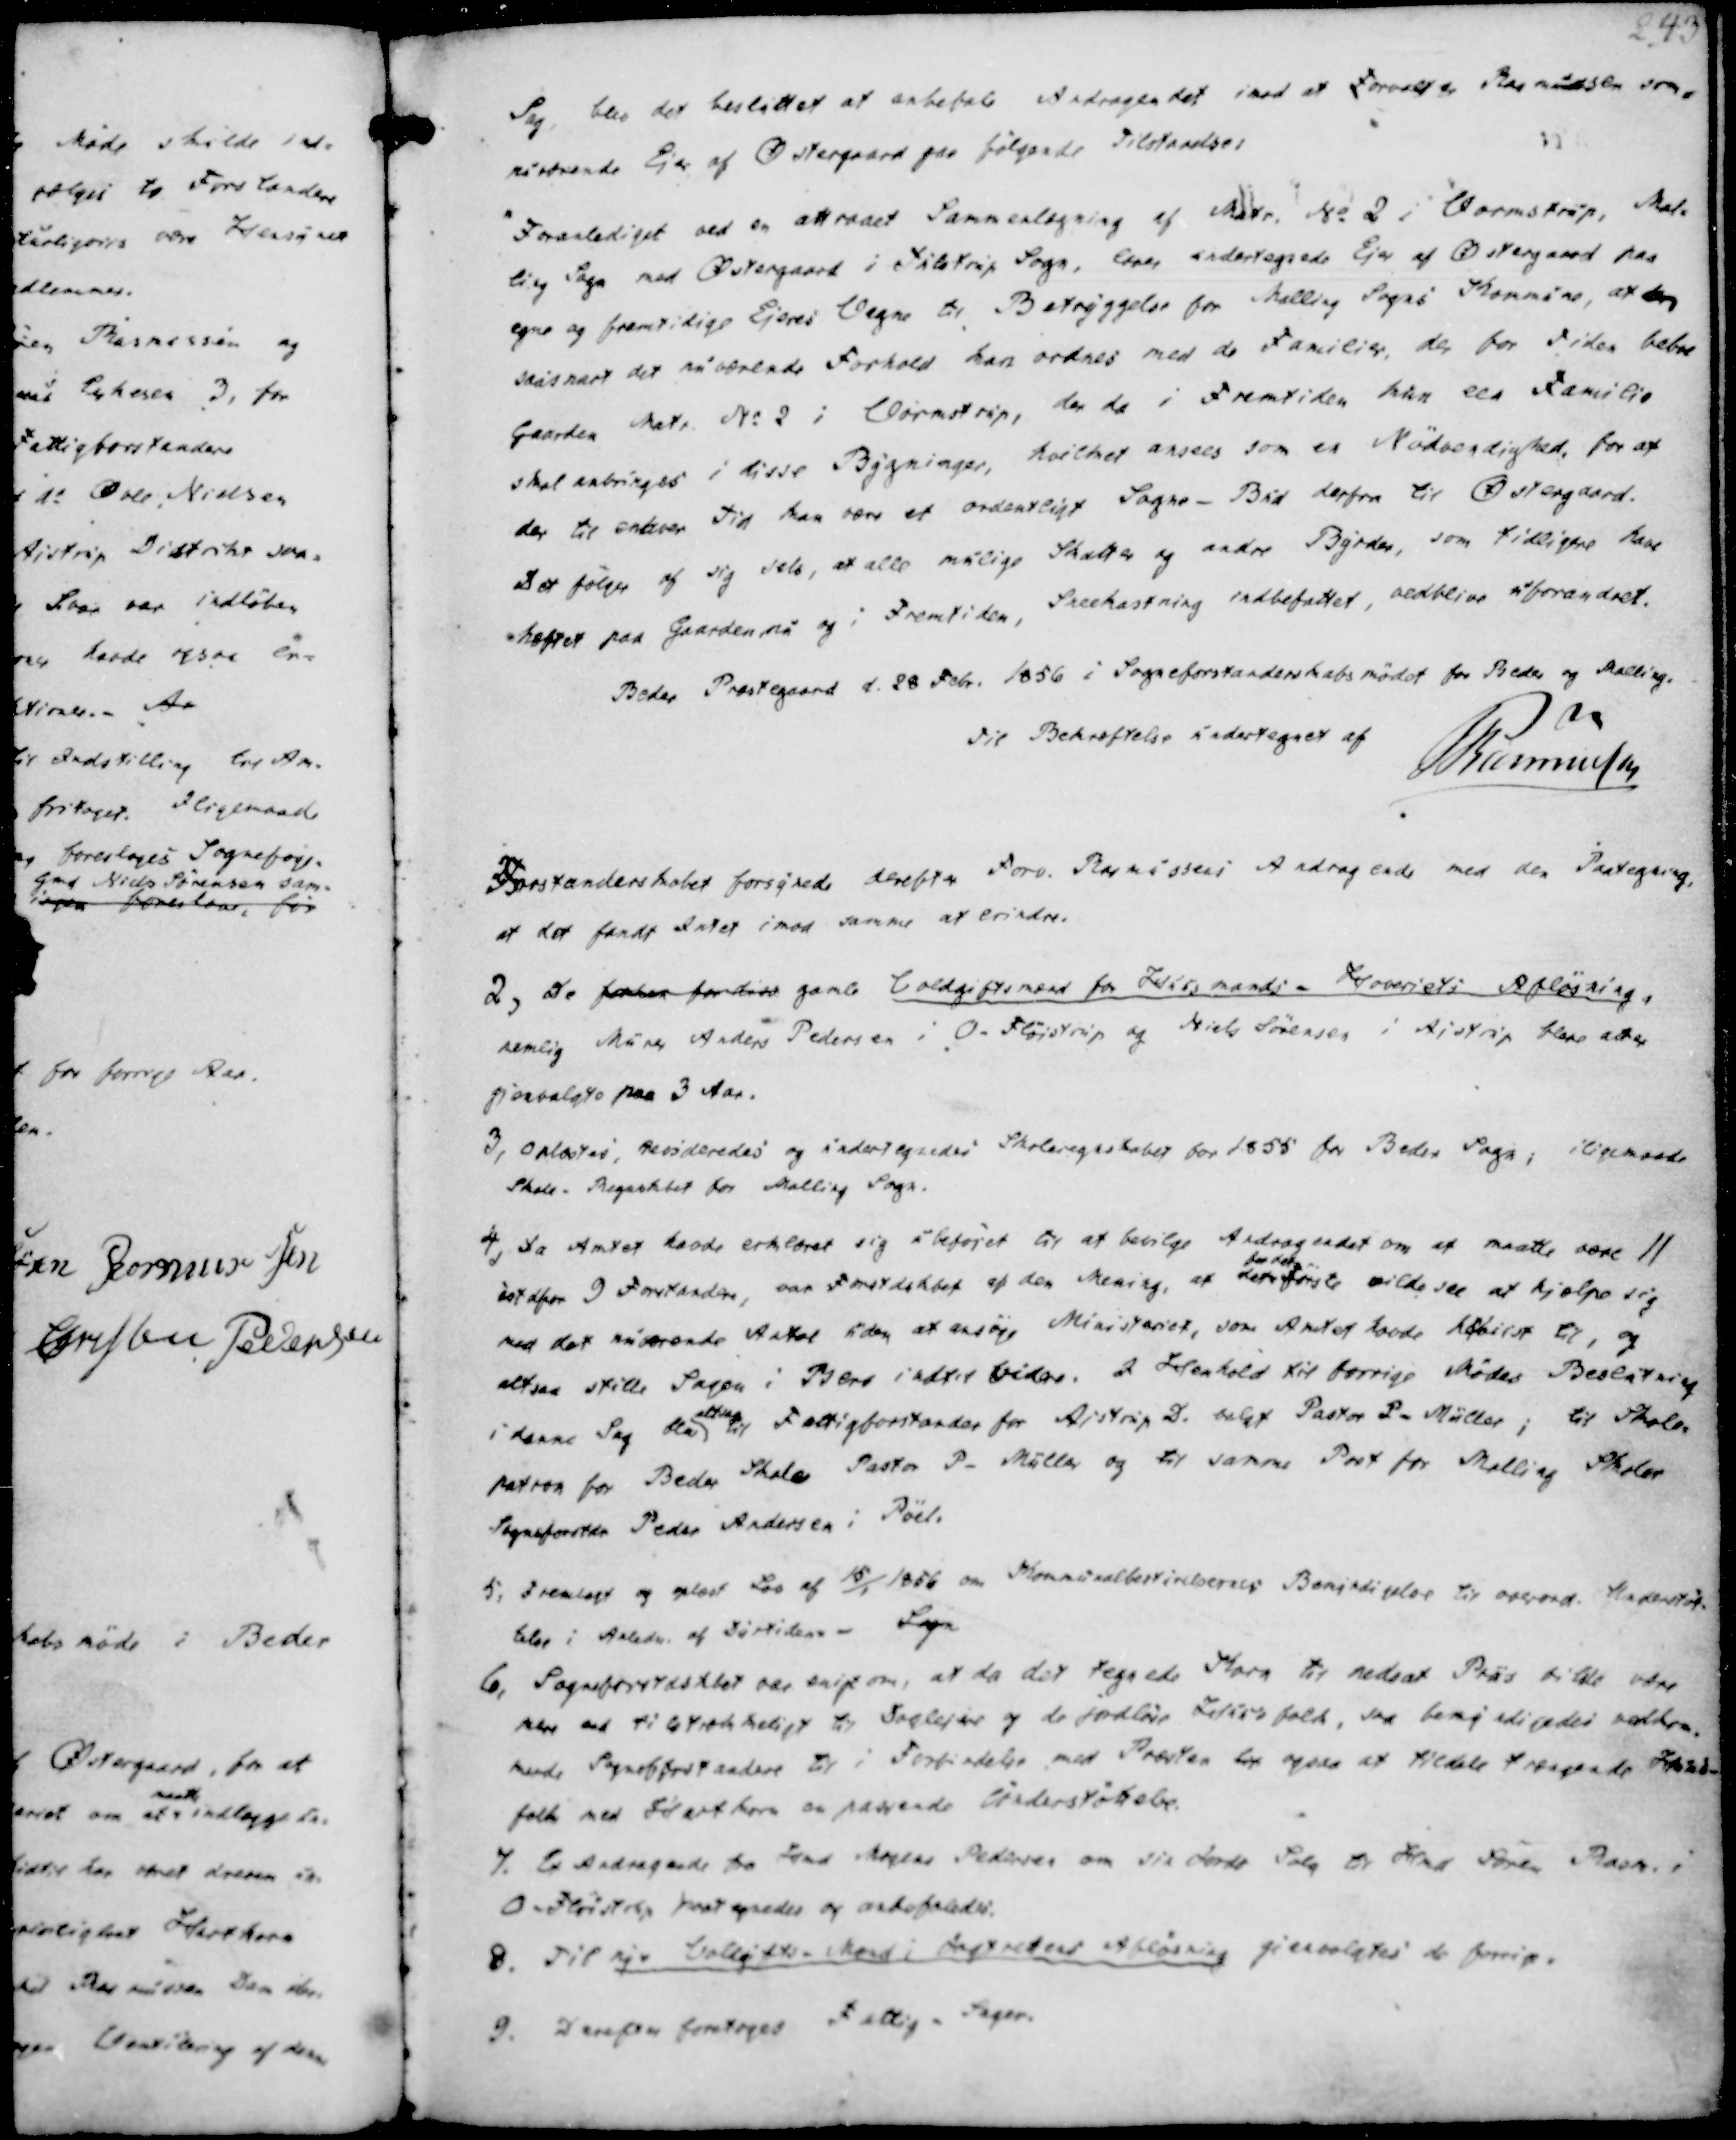
Transskription:
Sag, blev det besluttet at anbefale et Andragendet imod at Forvalter Rasmussen som
erværende Ejer af Østergaard paa følgende Tilstaaelse:
"Foranlediget ved en attraaet Sammenlægning af Matr. No 2 i Vormstrup, Mal-
ling Sogn med Østergaard i Tulstrup Sogn, lover undertegnede Ejer af Østergaard paa
egne og fremtidige Ejeres Vegne til Betryggelse for Malling Sogns Kommune, at den
saasnart det nuværende Forhold kan ordnes med de Familier, der for Tiden beboe
Gaarden Matr. No 2 i Vormstrup, der da i Fremtiden kan een Familie
skal anbringes i disse Bygninger, hvilket ansees som en Nødvendighed, for at
der til enhver Tid kan være et ordentligt Sogne-Bud derfra til Østergaard.
Det følger af sig selv, at alle mulige Skatter og andre Byrder, som tidligere have
hæftet paa Gaarden nu og i Fremtiden, Sneekastning indbefattet, vedblive uforandret.

Beder Præstegaard d. 28 Febr. 1856 i Sogneforstanderskabsmødet for Beder og Malling.
Til Bekræftelse undertegnet af
Rasmussen

Forstanderskabet forsynede derefter Forv. Rasmussens Andragende med den Paategning,
at det fandt Intet imod samme at erindre.

2, De forhen for diss gamle Voldgiftsmænd for Huusmands - Hoveriets Afløsning,
nemlig Murer Anders Pedersen i O. Fløistrup og Niels Sørensen i Aistrup bleve atter
gjenvalgte paa 3 Aar.
3, Oplæstes, revideredes og undertegnedes Skoleregnskabet for 1855 for Beder Sogn, iligemaade
Skole - Regnskabet for Malling Sogn.
4, Da Amtet havde erklæret sig ubeføjet til at bevilge Andragendet om at maatte være 11
istdfor 9 Forstandere, var Forstdskbet af den Mening at det
for det
første vilde see at hjælpe sig
med det nuværende Antal uden at ansøge Ministeriet, som Amtet havde henvist til, og
altsaa stille Sagen i Bero indtil videre. I Henhold til Forrige Mødes Beslutning
i denne Sag blev
altsaa
til Fattigforstander for Aistrup D. valgt Pastor P. Müller; til Skole-
patron for Beder Skole Pastor P. Müller og til samme Post for Malling Skoler
Sogneforstdr Peder Andersen i Pøel.

5, Fremlagt og oplæst Lov af 15/1 1856 om Kommunalbestyrelsernes Bonundigelov til overord. Andenstof-
telse i Anledn. af Dyrtidens- Sogn
6, Sogneforstdskbet var enigt om, at da det tegnede Korn til nedsat Priis vilde være
mere end tilstrækkeligt til Daglejer og de jordløse Insirs folk, saa bemyndigedes række-
mende Sogneftrstandere til i Forbindelse med Præsten lige ogsaa at tildele trængende Indsid-
folk med Hartkorn en passende Understøttelse.
7. Et Andragende fra Hmd Mogens Pedersen om sin Jords Salg til Hmd Søren Rasm. i
O. Fløistrup paategnedes og anbefaledes.
8. Til nye Voldgifts-Mænd i Jagtretens Afløsning gienvalgtes de forrige.
9. Derepaa foretages Fattig - Sager.